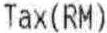
TAX(RM)